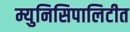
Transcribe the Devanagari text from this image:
म्युनिसिपालिटीत